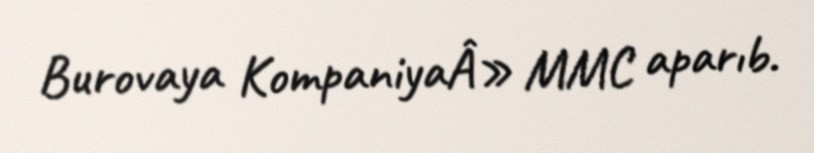
Burovaya KompaniyaÂ» MMC aparıb.